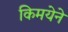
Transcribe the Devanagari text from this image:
किमयेने